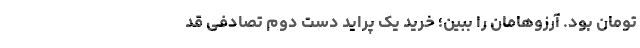
تومان بود. آرزوها‌مان را ببین؛ خرید یک پراید دستِ دومِ تصادفی‌ قد